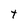
Character: t